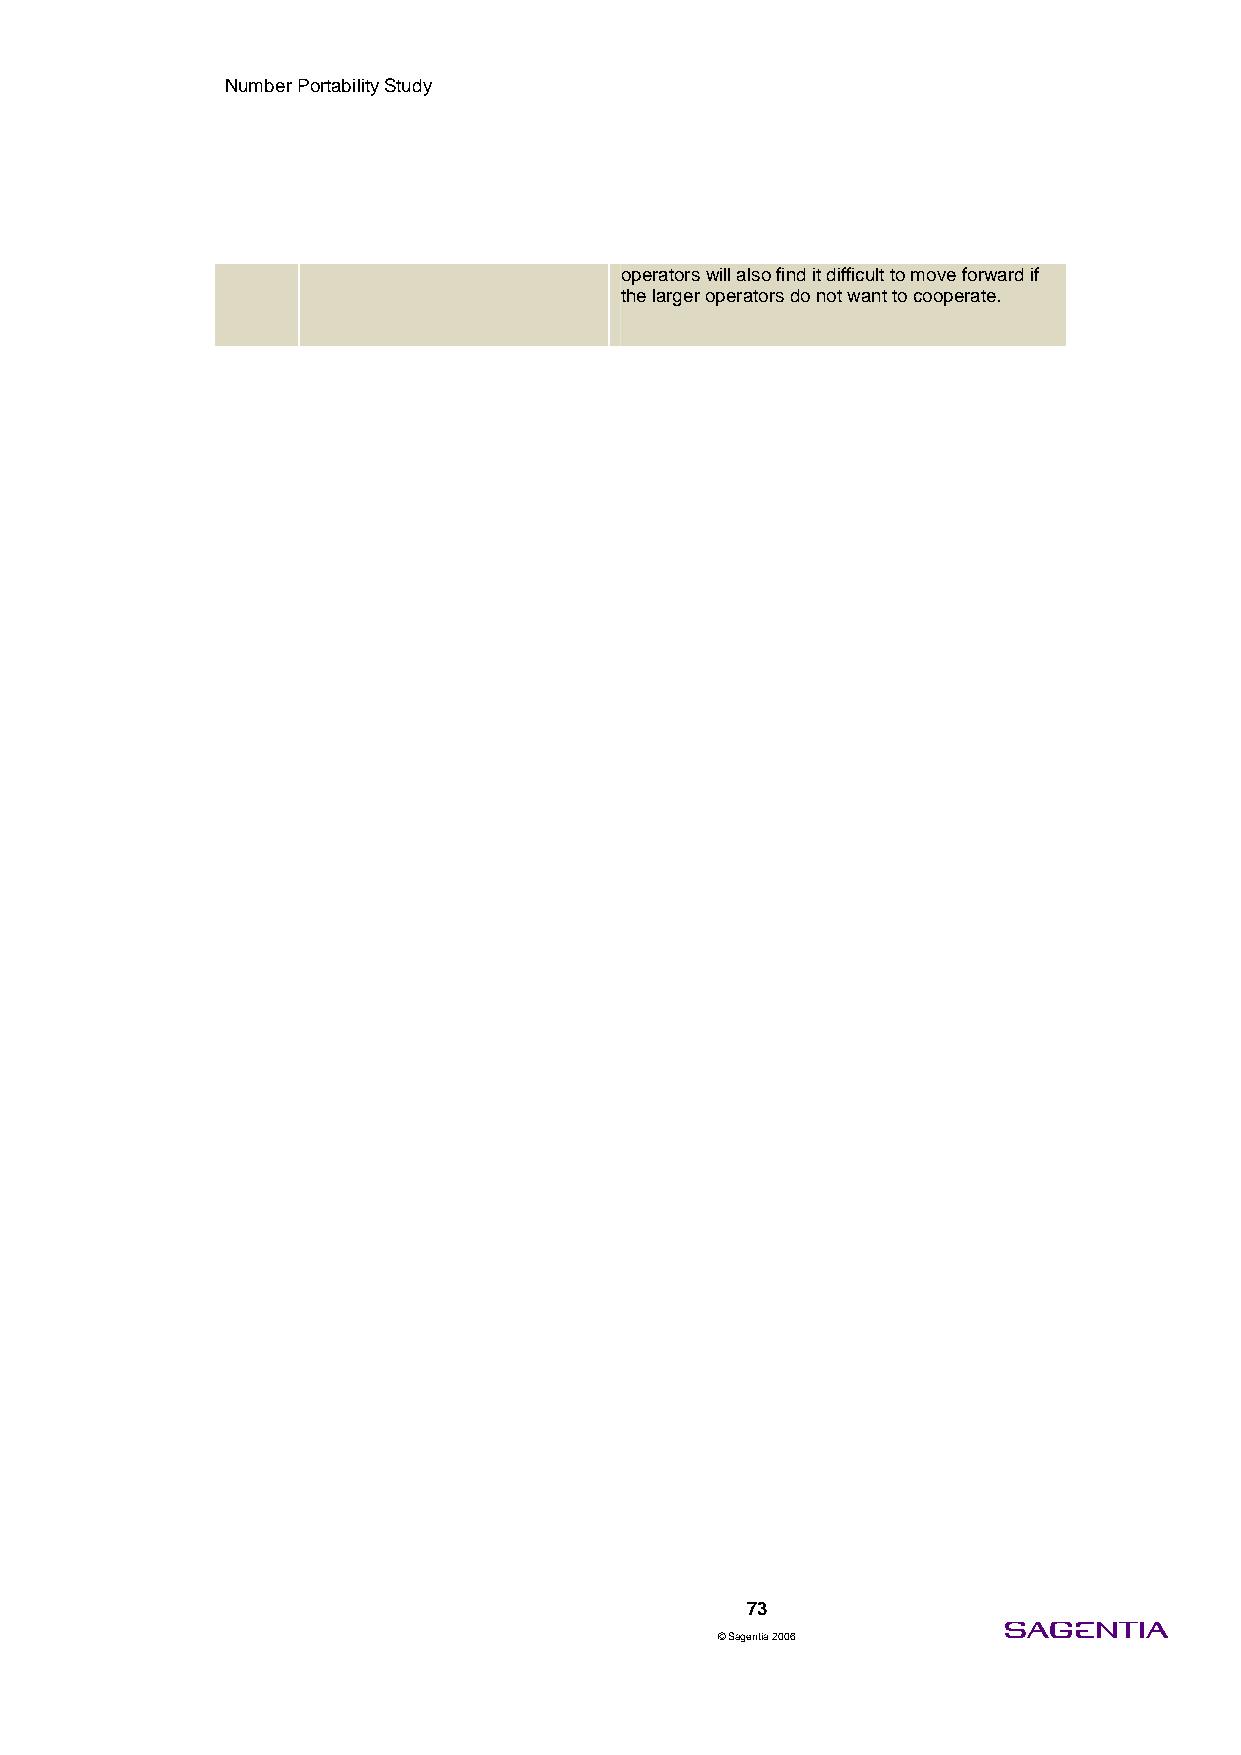
Number Portability Study
 operators will also find it difficult to move forward if
 the larger operators do not want to cooperate.
 73
 © Sagentia 2006